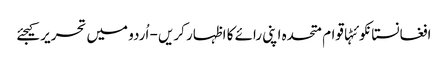
افغانستانکوئٹہاقوام متحدہ اپنی رائے کا اظہار کریں - اُردو میں تحریر کیجئے